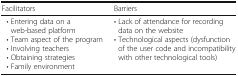
<table><thead><tr><td><b>Facilitators</b></td><td><b>Barriers</b></td></tr></thead><tbody><tr><td> • Entering data on a web-based platform • Team aspect of the program • Involving teachers • Obtaining strategies • Family environment</td><td>• Lack of attendance for recording data on the website• Technological aspects (dysfunction of the user code and incompatibility with other technological tools)</td></tr></tbody></table>